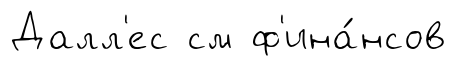
Далл'ес см ф'ина́нсов